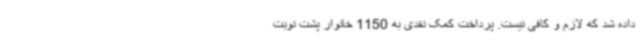
داده شد که لازم و کافی نیست. پرداخت کمک نقدی به 1150 خانوار پشت نوبت